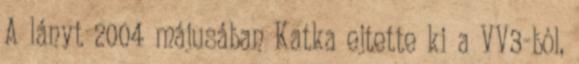
A lányt 2004 májusában Katka ejtette ki a VV3-ból,